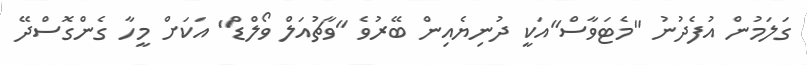
ގަލަމުން އުފެދުނު "މެޓަވާސް"އަކީ ދުނިޔެއިން ބޭރުވެ "ވާޗުއަލް ވޯލްޑް" އަކަށް މީހާ ގެންގޮސްދޭ